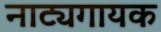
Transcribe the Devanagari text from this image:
नाट्यगायक